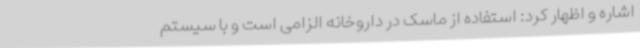
اشاره و اظهار کرد: استفاده از ماسک در داروخانه الزامی است و با سیستم